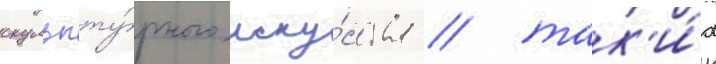
скульпту́рного иску́сства / так'и́х